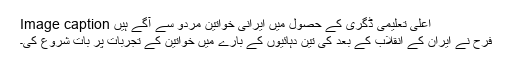
Image caption اعلیٰ تعلیمی ڈگری کے حصول میں ایرانی خواتین مردو سے آگے ہیں
فرح نے ایران کے انقلاب کے بعد کی تین دہائیوں کے بارے میں خواتین کے تجربات پر بات شروع کی۔